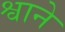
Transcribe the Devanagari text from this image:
श्वाने